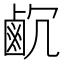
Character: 𪉛